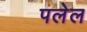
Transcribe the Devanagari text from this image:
पलेल